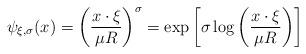
LaTeX: \begin{align*}\psi_{\xi,\sigma}(x)=\left(\frac{x\cdot \xi}{\mu R}\right)^{\sigma}=\exp\left[\sigma\log\left(\frac{x\cdot \xi}{\mu R}\right)\right] \end{align*}